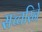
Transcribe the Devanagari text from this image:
सच्चरिने